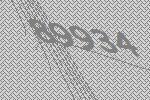
89934